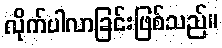
လိုက်ပါလာခြင်းဖြစ်သည်။